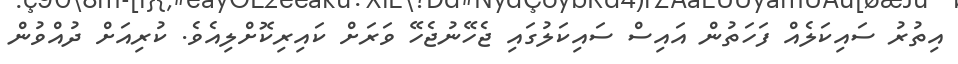
އިތުރު ސައިކަލެއް ފަހަތުން އައިސް ސައިކަލުގައި ޖެހޭނުޖެހޭ ވަރަށް ކައިރިކޮށްލިއެވެ. ކުރިއަށް ދުއްވުން